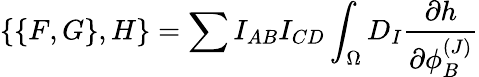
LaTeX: \{ \{ F,G\} ,H\} =\sum I_{AB}I_{CD}\int_{\Omega}D_{I}{\frac{\partial h}{\partial\phi_{B}^{(J)}}}